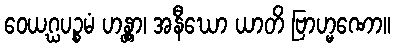
ဝေယဂ္ဃပဉ္စမံ ဟန္တွာ၊ အနီဃော ယာတိ ဗြာဟ္မဏော။